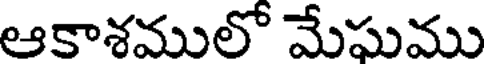
ఆకాశములో మేఘము